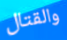
والقتال